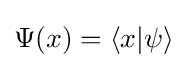
\Psi (x)=\langle x|\psi \rangle